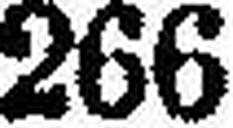
266